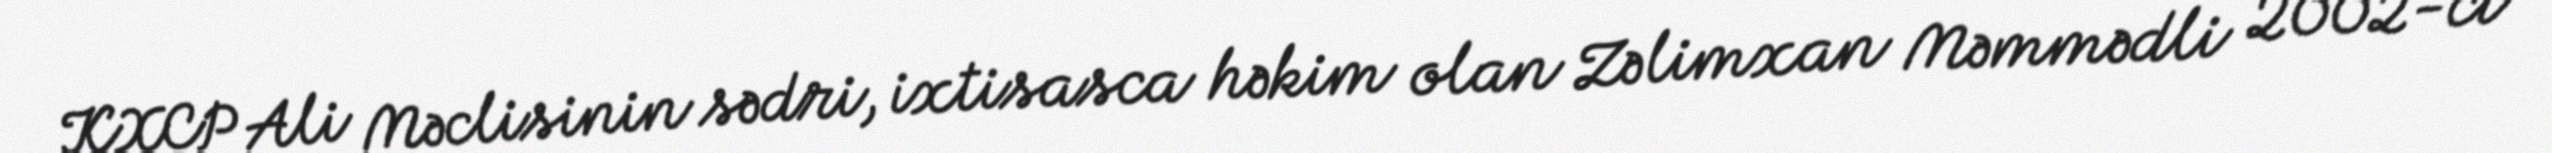
KXCP Ali Məclisinin sədri, ixtisasca həkim olan Zəlimxan Məmmədli 2002-ci